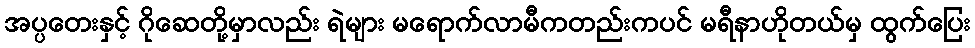
အပ္ပတေးနှင့် ဂိုဆေတို့မှာလည်း ရဲများ မရောက်လာမီကတည်းကပင် မရီနာဟိုတယ်မှ ထွက်ပြေး